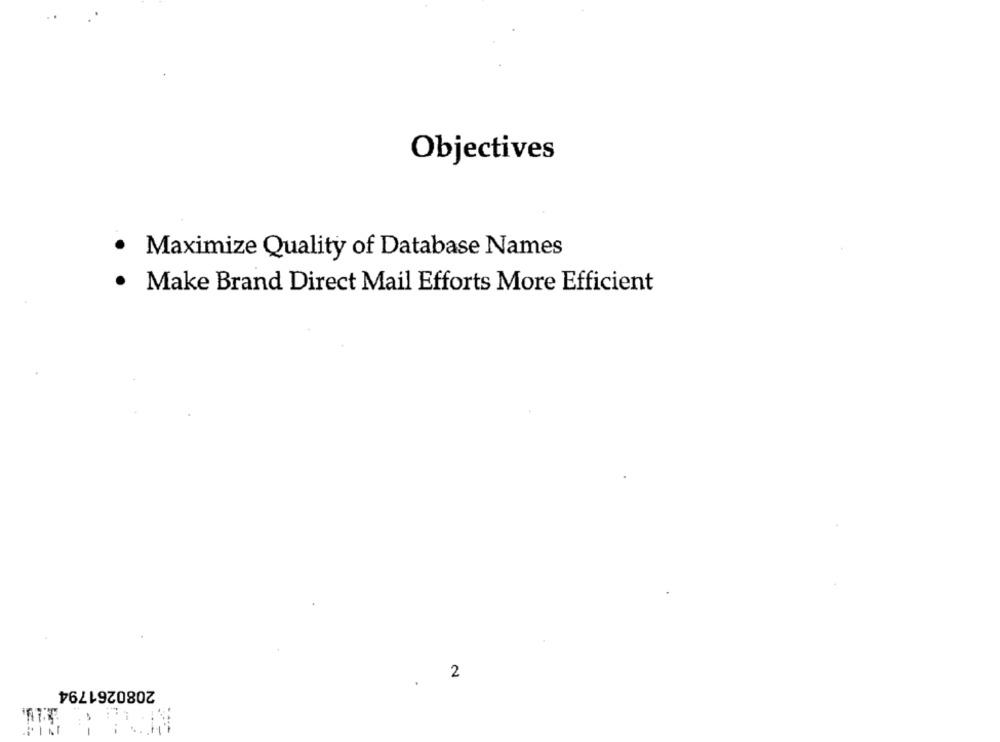
Objectives
.
Maximize Quality of Database Names
Make Brand Direct Mail Efforts More Efficient
2
2080261794